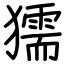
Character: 獳